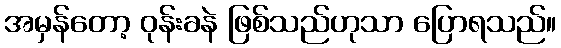
အမှန်တော့ ဝုန်းခနဲ ဖြစ်သည်ဟုသာ ပြောရသည်။